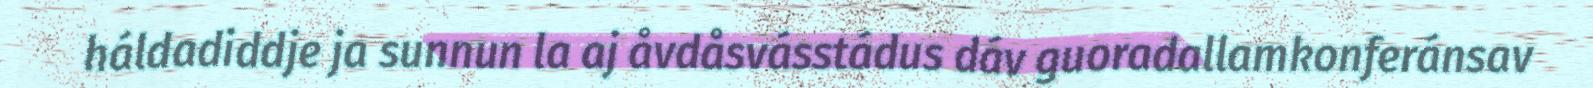
háldadiddje ja sunnun la aj åvdåsvásstádus dáv guoradallamkonferánsav